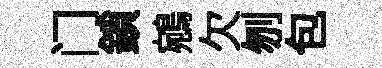
门鎖鵷欠刎包